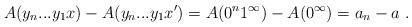
LaTeX: \begin{align*}A(y_n...y_1x) - A(y_n...y_1x') = A(0^n 1^\infty) - A(0^\infty) = a_n - a \ .\end{align*}